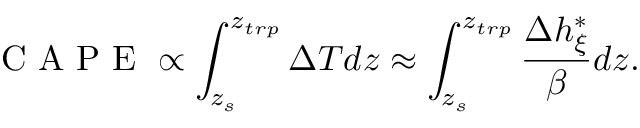
\textrm { C A P E } \propto \int _ { z _ { s } } ^ { z _ { t r p } } \Delta T d z \approx \int _ { z _ { s } } ^ { z _ { t r p } } \frac { \Delta h _ { \xi } ^ { * } } { \beta } d z .